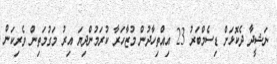
ނަޝީދާ ދެކޮޅަށް ޑިސެމްބަރު 23 އިއްތިހާދުން މުޒާހަރާ ކުރަމުންދިޔަ އިރު މަގުމަތިން ވެރިކަން